Scottish Education Department, 1935
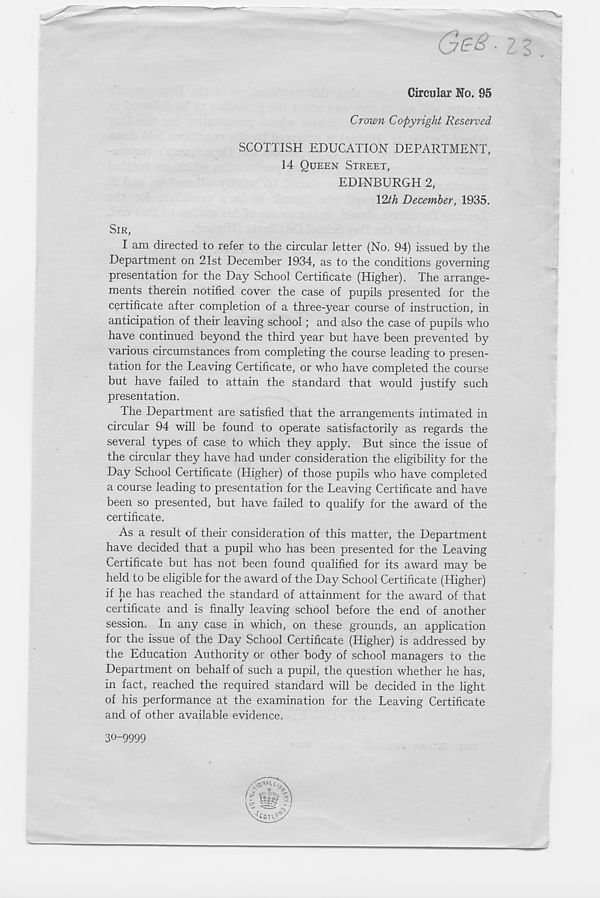
Circular No. 95
Crown Copyright Reserved
SCOTTISH EDUCATION DEPARTMENT,
14 QUEEN STREET,
EDINBURGH 2,
12^ December, 1935.
SIR,
I am directed to refer to the circular letter (No. 94) issued by the
Department on 21st December 1934, as to the conditions governing
presentation for the Day School Certificate (Higher). The arrange-
ments therein notified cover the case of pupils presented for the
certificate after completion of a three-year course of instruction, in
anticipation of their leaving school; and also the case of pupils who
have continued beyond the third year but have been prevented by
various circumstances from completing the course leading to presen-
tation for the Leaving Certificate, or who have completed the course
but have failed to attain the standard that would justify such
presentation.
The Department are satisfied that the arrangements intimated in
circular 94 will be found to operate satisfactorily as regards the
several types of case to which they apply. But since the issue of
the circular they have had under consideration the eligibility for the
Day School Certificate (Higher) of those pupils who have completed
a course leading to presentation for the Leaving Certificate and have
been so presented, but have failed to qualify for the award of the
certificate.
As a result of their consideration of this matter, the Department
have decided that a pupil who has been presented for the Leaving
Certificate but has not been found qualified for its award may be
held to be eligible for the award of the Day School Certificate (Higher)
if he has reached the standard of attainment for the award of that
certificate and is finally leaving school before the end of another
session. In any case in which, on these grounds, an application
for the issue of the Day School Certificate (Higher) is addressed by
the Education Authority or other body of school managers to the
Department on behalf of such a pupil, the question whether he has,
in fact, reached the required standard will be decided in the light
of his performance at the examination for the Leaving Certificate
and of other available evidence.
30-9999